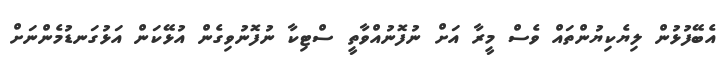
އެބޭފުޅުން ލިޔެކިޔުންތައް ވެސް މީރާ އަށް ނުފޮނުއްވާތީ ސްޓިކާ ނުފޮނުވިގެން އުޅޭކަން އަޅުގަނޑުމެންނަށް